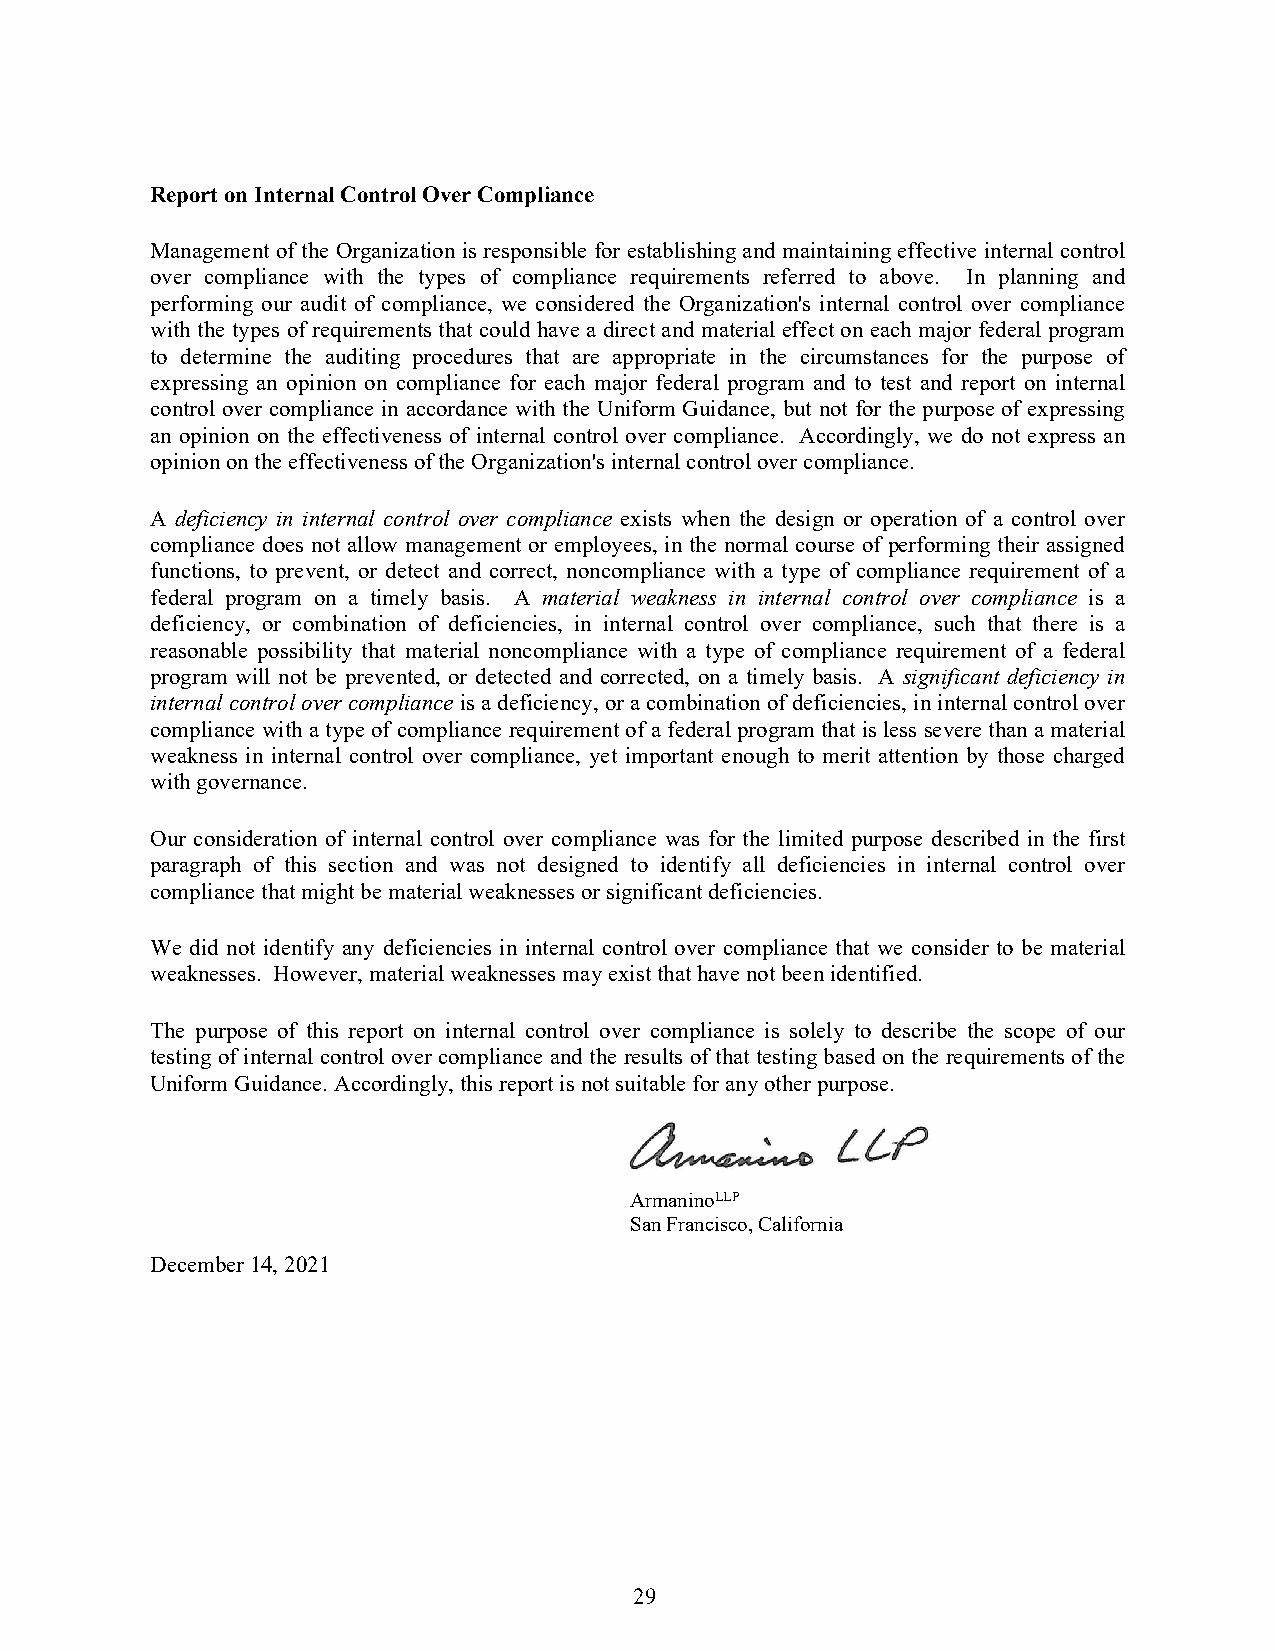
Report on Internal Control Over Compliance
 Management of the Organization is responsible for establishing and maintaining effective internal control
 over compliance with the types of compliance requirements referred to above. In planning and
 performing our audit of compliance, we considered the Organization's internal control over compliance
 with the types of requirements that could have a direct and material effect on each major federal program
 to determine the auditing procedures that are appropriate in the circumstances for the purpose of
 expressing an opinion on compliance for each major federal program and to test and report on internal
 control over compliance in accordance with the Uniform Guidance, but not for the purpose of expressing
 an opinion on the effectiveness of internal control over compliance. Accordingly, we do not express an
 opinion on the effectiveness of the Organization's internal control over compliance.
 A deficiency in internal control over compliance exists when the design or operation of a control over
 compliance does not allow management or employees, in the normal course of performing their assigned
 functions, to prevent, or detect and correct, noncompliance with a type of compliance requirement of a
 federal program on a timely basis. A material weakness in internal control over compliance is a
 deficiency, or combination of deficiencies, in internal control over compliance, such that there is a
 reasonable possibility that material noncompliance with a type of compliance requirement of a federal
 program will not be prevented, or detected and corrected, on a timely basis. A significant deficiency in
 internal control over compliance is a deficiency, or a combination of deficiencies, in internal control over
 compliance with a type of compliance requirement of a federal program that is less severe than a material
 weakness in internal control over compliance, yet important enough to merit attention by those charged
 with governance.
 Our consideration of internal control over compliance was for the limited purpose described in the first
 paragraph of this section and was not designed to identify all deficiencies in internal control over
 compliance that might be material weaknesses or significant deficiencies.
 We did not identify any deficiencies in internal control over compliance that we consider to be material
 weaknesses. However, material weaknesses may exist that have not been identified.
 The purpose of this report on internal control over compliance is solely to describe the scope of our
 testing of internal control over compliance and the results of that testing based on the requirements of the
 Uniform Guidance. Accordingly, this report is not suitable for any other purpose.
 ArmaninoLLP
 San Francisco, California
 December 14, 2021
 29